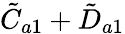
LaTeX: \tilde{C}_{a1}+\tilde{D}_{a1}